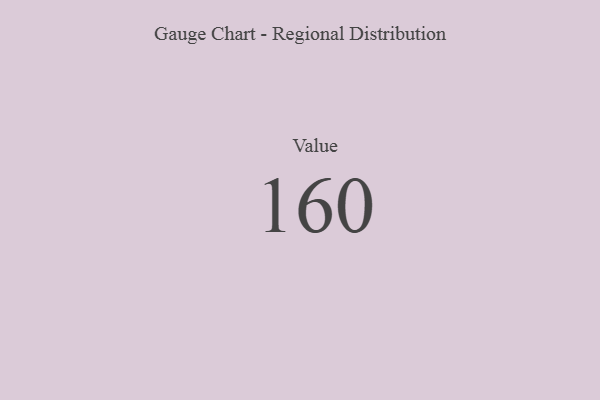
{"axis": {"x": "Metric", "y": "Value"}, "legend": [""], "data": [{"x": "Value", "y": 160, "type": ""}]}